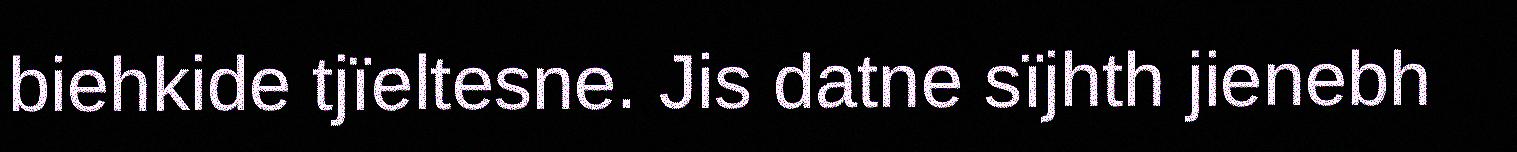
biehkide tjïeltesne. Jis datne sïjhth jienebh